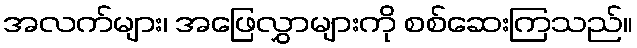
အလက်များ၊ အဖြေလွှာများကို စစ်ဆေးကြသည်။